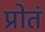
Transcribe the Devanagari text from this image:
प्रोतं